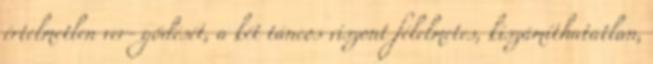
értelmetlen ver- gődését, a két táncos viszont félelmetes, kiszámíthatatlan,